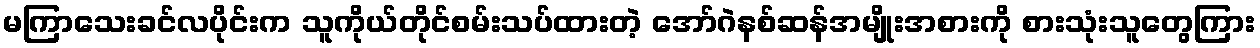
မကြာသေးခင်လပိုင်းက သူကိုယ်တိုင်စမ်းသပ်ထားတဲ့ အော်ဂဲနစ်ဆန်အမျိုးအစားကို စားသုံးသူတွေကြား